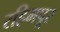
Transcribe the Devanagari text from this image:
रहिमपूर